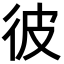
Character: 彼